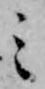
ミ